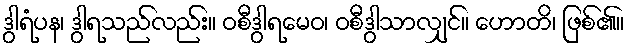
ဒွါရံပန၊ ဒွါရသည်လည်း။ ဝစီဒွါရမေဝ၊ ဝစီဒွါသာလျှင်။ ဟောတိ၊ ဖြစ်၏။